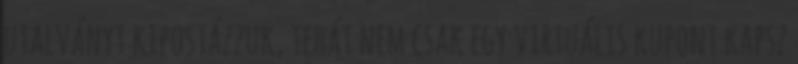
utalványt kipostázzuk, tehát nem csak egy virtuális kupont kapsz